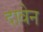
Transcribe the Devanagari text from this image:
दावेन